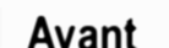
Avant